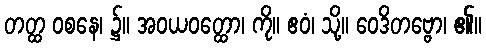
တတ္ထ ဝစနေ၊ ၌။ အဝယဝတ္ထော၊ ကို။ ဧဝံ၊ သို့။ ဝေဒိတဗ္ဗော၊ ၏။